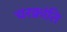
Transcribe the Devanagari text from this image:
चरक्रांति